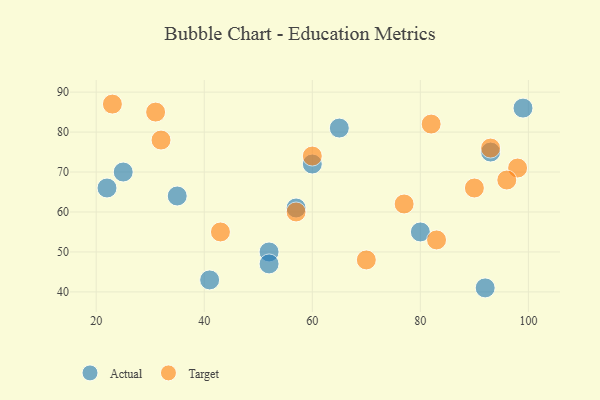
{"axis": {"x": "GDP", "y": "Life Expectancy"}, "legend": ["Actual", "Target"], "data": [{"x": "52", "y": 50, "type": "Actual"}, {"x": "22", "y": 66, "type": "Actual"}, {"x": "25", "y": 70, "type": "Actual"}, {"x": "93", "y": 75, "type": "Actual"}, {"x": "52", "y": 47, "type": "Actual"}, {"x": "60", "y": 72, "type": "Actual"}, {"x": "35", "y": 64, "type": "Actual"}, {"x": "57", "y": 61, "type": "Actual"}, {"x": "65", "y": 81, "type": "Actual"}, {"x": "80", "y": 55, "type": "Actual"}, {"x": "99", "y": 86, "type": "Actual"}, {"x": "41", "y": 43, "type": "Actual"}, {"x": "92", "y": 41, "type": "Actual"}, {"x": "77", "y": 62, "type": "Target"}, {"x": "82", "y": 82, "type": "Target"}, {"x": "98", "y": 71, "type": "Target"}, {"x": "60", "y": 74, "type": "Target"}, {"x": "70", "y": 48, "type": "Target"}, {"x": "31", "y": 85, "type": "Target"}, {"x": "43", "y": 55, "type": "Target"}, {"x": "90", "y": 66, "type": "Target"}, {"x": "57", "y": 60, "type": "Target"}, {"x": "96", "y": 68, "type": "Target"}, {"x": "32", "y": 78, "type": "Target"}, {"x": "93", "y": 76, "type": "Target"}, {"x": "23", "y": 87, "type": "Target"}, {"x": "83", "y": 53, "type": "Target"}]}